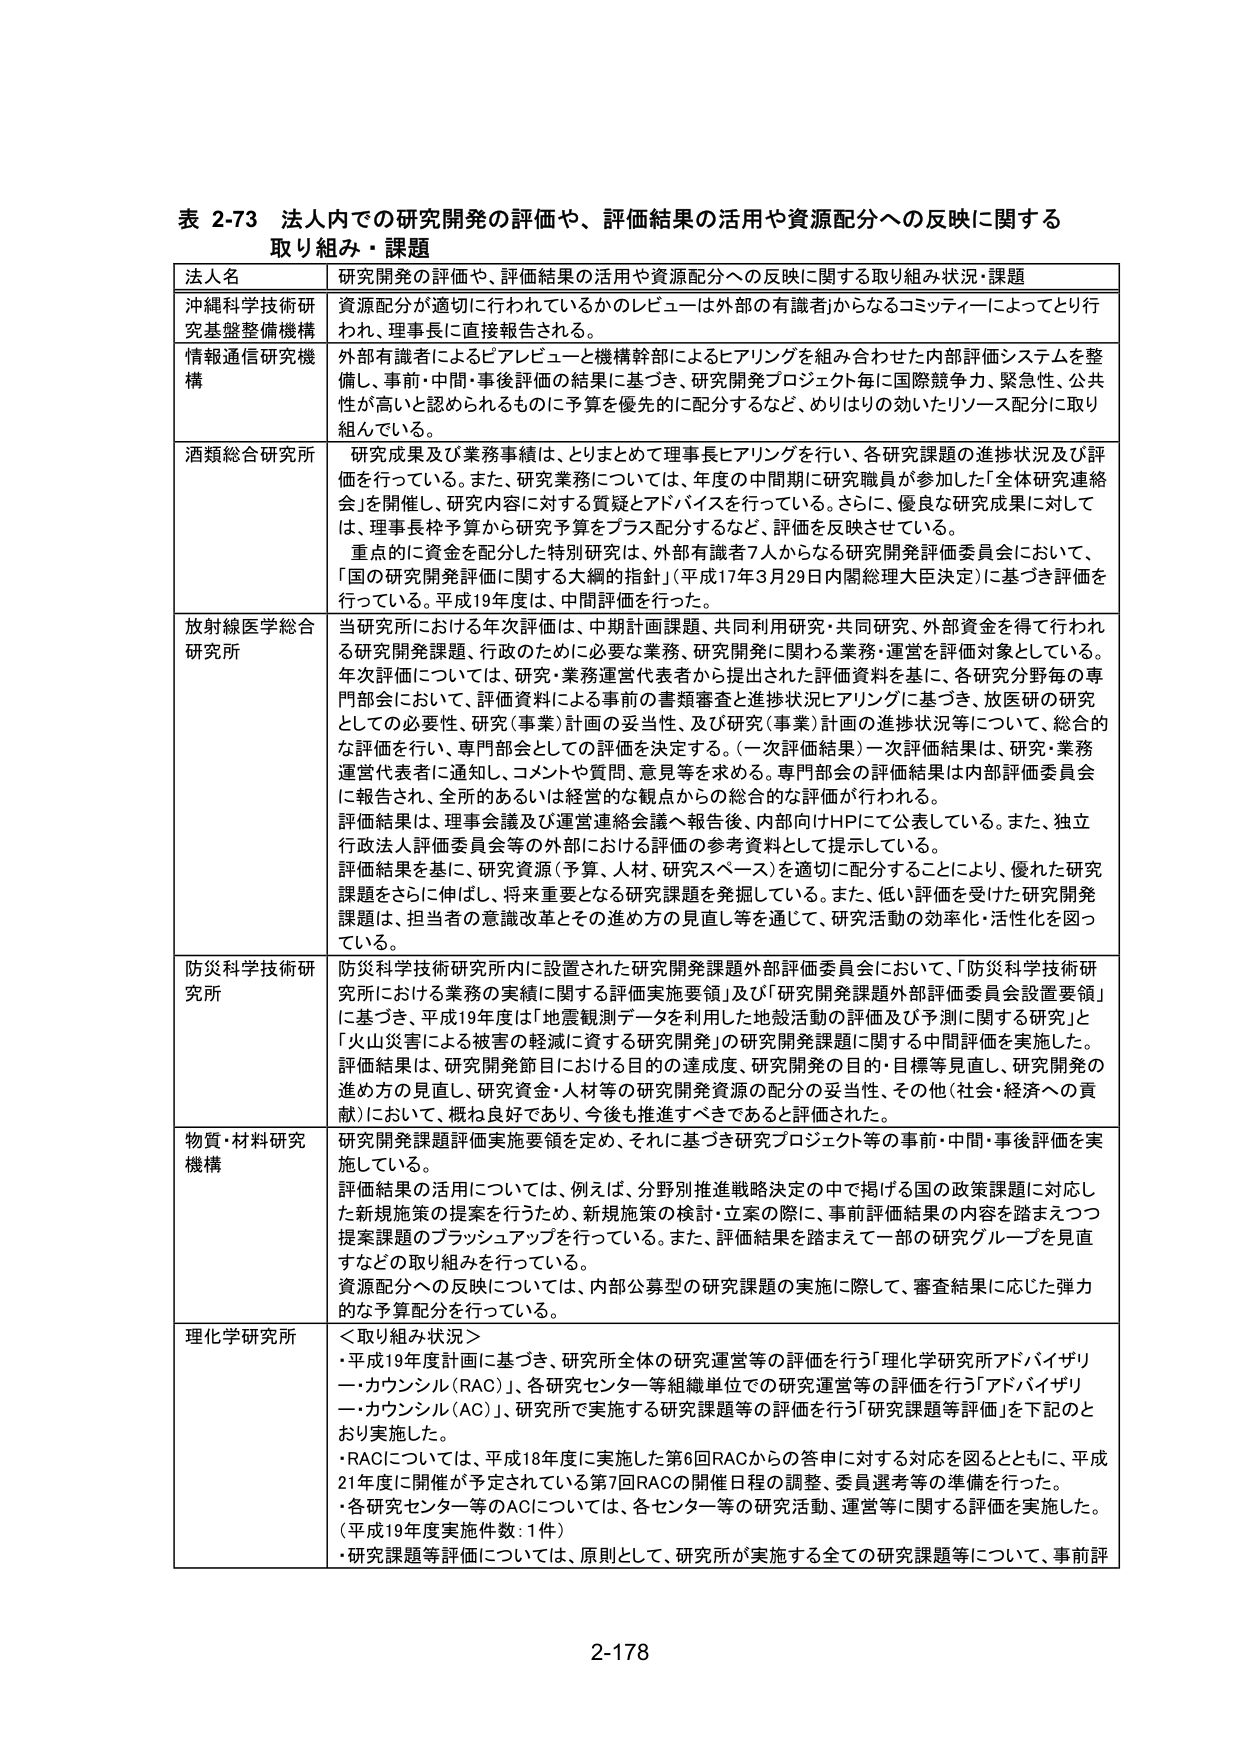
表 2-73 法人内での研究開発の評価や、評価結果の活用や資源配分への反映に関する
取り組み・課題

| 法人名 | 研究開発の評価や、評価結果の活用や資源配分への反映に関する取り組み・課題 |
|---|---|
| 沖縄科学技術研究基盤整備機構 | 資源配分が適切に行われているかのレビューは外部の有識者からなるコミッティーによってとり行われ、理事長に直接報告される。 |
| 情報通信研究機構 | 外部有識者によるピアレビューと機構幹部によるヒアリングを組み合わせた内部評価システムを整備し、事前・中間・事後評価の結果に基づき、研究開発プロジェクト毎に国際競争力、緊急性、公共性が高いと認められるものに予算を優先的に配分するなど、よりはりの効いたリソース配分に取り組んでいる。 |
| 酒類総合研究所 | 研究成果及び業務事績は、とりまとめて理事長ヒアリングを行い、各研究課題の進捗状況及び評価を行っている。また、研究業務については、年度の中間期に研究職員が参加した「全体研究連絡会」を開催し、研究内容に対する質疑とアドバイスを行っている。さらに、優良な研究成果に対しては、理事長枠予算から研究予算をプラス配分するなど、評価を反映させている。<br>重点的に資金を配分した特別研究は、外部有識者7人からなる研究開発評価委員会において、「国の研究開発計画に関する大綱的指針」（平成17年3月29日内閣総理大臣決定）に基づき評価を行っている。平成19年度は、中間評価を行った。 |
| 放射線医学総合研究所 | 当研究所における年次評価は、中期計画課題、共同利用研究・共同研究、外部資金を得て行われる研究開発課題、行政のために必要な業務、研究開発に関わる業務・運営を評価対象としている。年次評価については、研究・業務運営代表者から提出された評価資料を基に、各研究分野毎の専門部会において、評価資料による書類審査と進捗状況ヒアリングに基づき、放医研の研究としての必要性、研究（事業）計画の妥当性、及び研究（事業）計画の進捗状況等について、総合的な評価を行い、専門部会としての評価を決定する。（一次評価結果）一次評価結果は、研究・業務運営代表者に通知し、コメントや質問、意見等を求める。専門部会の評価結果は内部評価委員会に報告され、全所的あるいは経営的な観点からの総合的な評価が行われる。<br>評価結果は、理事会議及び運営連絡会議へ報告後、内部向けHPにて公表している。また、独立行政法人評価委員会等の外部における評価の参考資料として提示している。<br>評価結果を基に、研究資源（予算、人材、研究スペース）を適切に配分することにより、優れた研究課題をさらに伸ばし、将来重要となる研究課題を発掘している。また、低い評価を受けた研究開発課題は、担当者の意識改革とその進め方の見直し等を通じて、研究活動の効率化・活性化を図っている。 |
| 防災科学技術研究所 | 防災科学技術研究所内に設置された研究開発課題外部評価委員会において、「防災科学技術研究所における業務の実績に関する評価実施要領」及び「研究開発課題外部評価委員会設置要領」に基づき、平成19年度は「地震観測データを利用した地殻活動の評価及び予測に関する研究」と「火山災害による被害の軽減に資する研究開発」の研究開発課題に関する中間評価を実施した。<br>評価結果は、研究開発節目における目的の達成度、研究開発の目的・目標等見直し、研究開発の進め方の見直し、研究資金・人材等の研究開発資源の配分の妥当性、その他（社会・経済への貢献）において、概ね良好であり、今後も推進すべきであると評価された。 |
| 物質・材料研究機構 | 研究開発課題評価実施要領を定め、それに基づき研究プロジェクト等の事前・中間・事後評価を実施している。<br>評価結果の活用については、例えば、分野別推進戦略決定の中で掲げる国の政策課題に対応した新規施策の提案を行うため、新規施策の検討・立案の際に、事前評価結果の内容を踏まえつつ提案課題のブラッシュアップを行っている。また、評価結果を踏まえて一部の研究グループを見直すなどの取り組みを行っている。<br>資源配分への反映については、内部公募型の研究課題の実施に際して、審査結果に応じた弾力的な予算配分を行っている。 |
| 理化学研究所 | ＜取り組み状況＞<br>・平成19年度計画に基づき、研究所全体の研究運営等の評価を行う「理化学研究所アドバイザリー・カウンシル（RAC）」、各研究センター等組織単位での研究運営等の評価を行う「アドバイザリー・カウンシル（AC）」、研究所で実施する研究課題等の評価を行う「研究課題等評価」を下記のとおり実施した。<br>・RACについては、平成18年度に実施した第6回RACからの答申に対する対応を図るとともに、平成21年度に開催が予定されている第7回RACの開催日程の調整、委員選考等の準備を行った。<br>・各研究センター等のACについては、各センター等の研究活動、運営等に関する評価を実施した。（平成19年度実施件数：1件）<br>・研究課題等評価については、原則として、研究所が実施する全ての研究課題等について、事前評 |

2-178